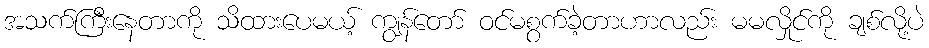
အသက်ကြီးနေတာကို သိထားပေမယ့် ကျွန်တော် ဝင်မစွက်ခဲ့တာဟာလည်း မမလှိုင်ကို ချစ်လို့ပဲ